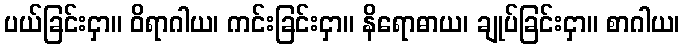
ပယ်ခြင်းငှာ။ ဝိရာဂါယ၊ ကင်းခြင်းငှာ။ နိရောဓာယ၊ ချုပ်ခြင်းငှာ။ စာဂါယ၊